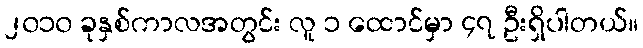
၂၀၁၀ ခုနှစ်ကာလအတွင်း လူ ၁ ထောင်မှာ ၄၇ ဦးရှိပါတယ်။